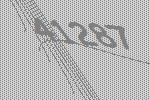
41287